Problem: 88 + 45 = ?
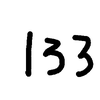
Handwritten answer: 133